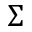
\Sigma